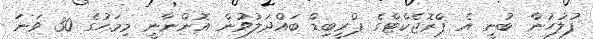
ފުލުހުން ބުނީ އެ ޕްރޮޖެކްޓްގެ ޕްރީބިޑް ބައްދަލުވުން އޮންނާނީ މިމަހުގެ 30 ވަނަ